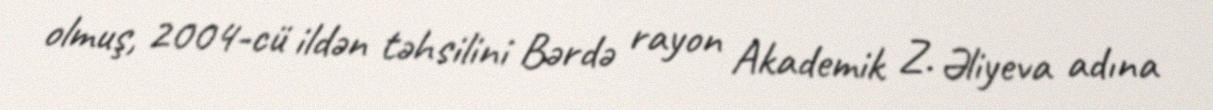
olmuş, 2004-cü ildən təhsilini Bərdə rayon Akademik Z. Əliyeva adına